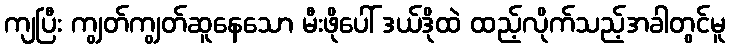
ကျပြီး ကျွတ်ကျွတ်ဆူနေသော မီးဖိုပေါ် ဒယ်ဒိုထဲ ထည့်လိုက်သည့်အခါတွင်မူ